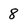
Character: 8